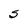
Character: S